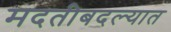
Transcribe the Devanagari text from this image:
मदतीबदल्यात